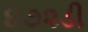
૪૭૨ડી